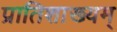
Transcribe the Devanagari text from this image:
प्रातिशाख्यम्